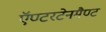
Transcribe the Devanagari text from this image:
ऍण्टरटेनमैण्ट